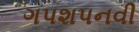
ગપશપનવી